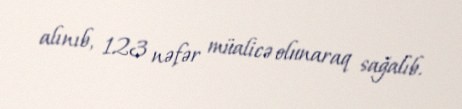
alınıb, 123 nəfər müalicə olunaraq sağalıb.